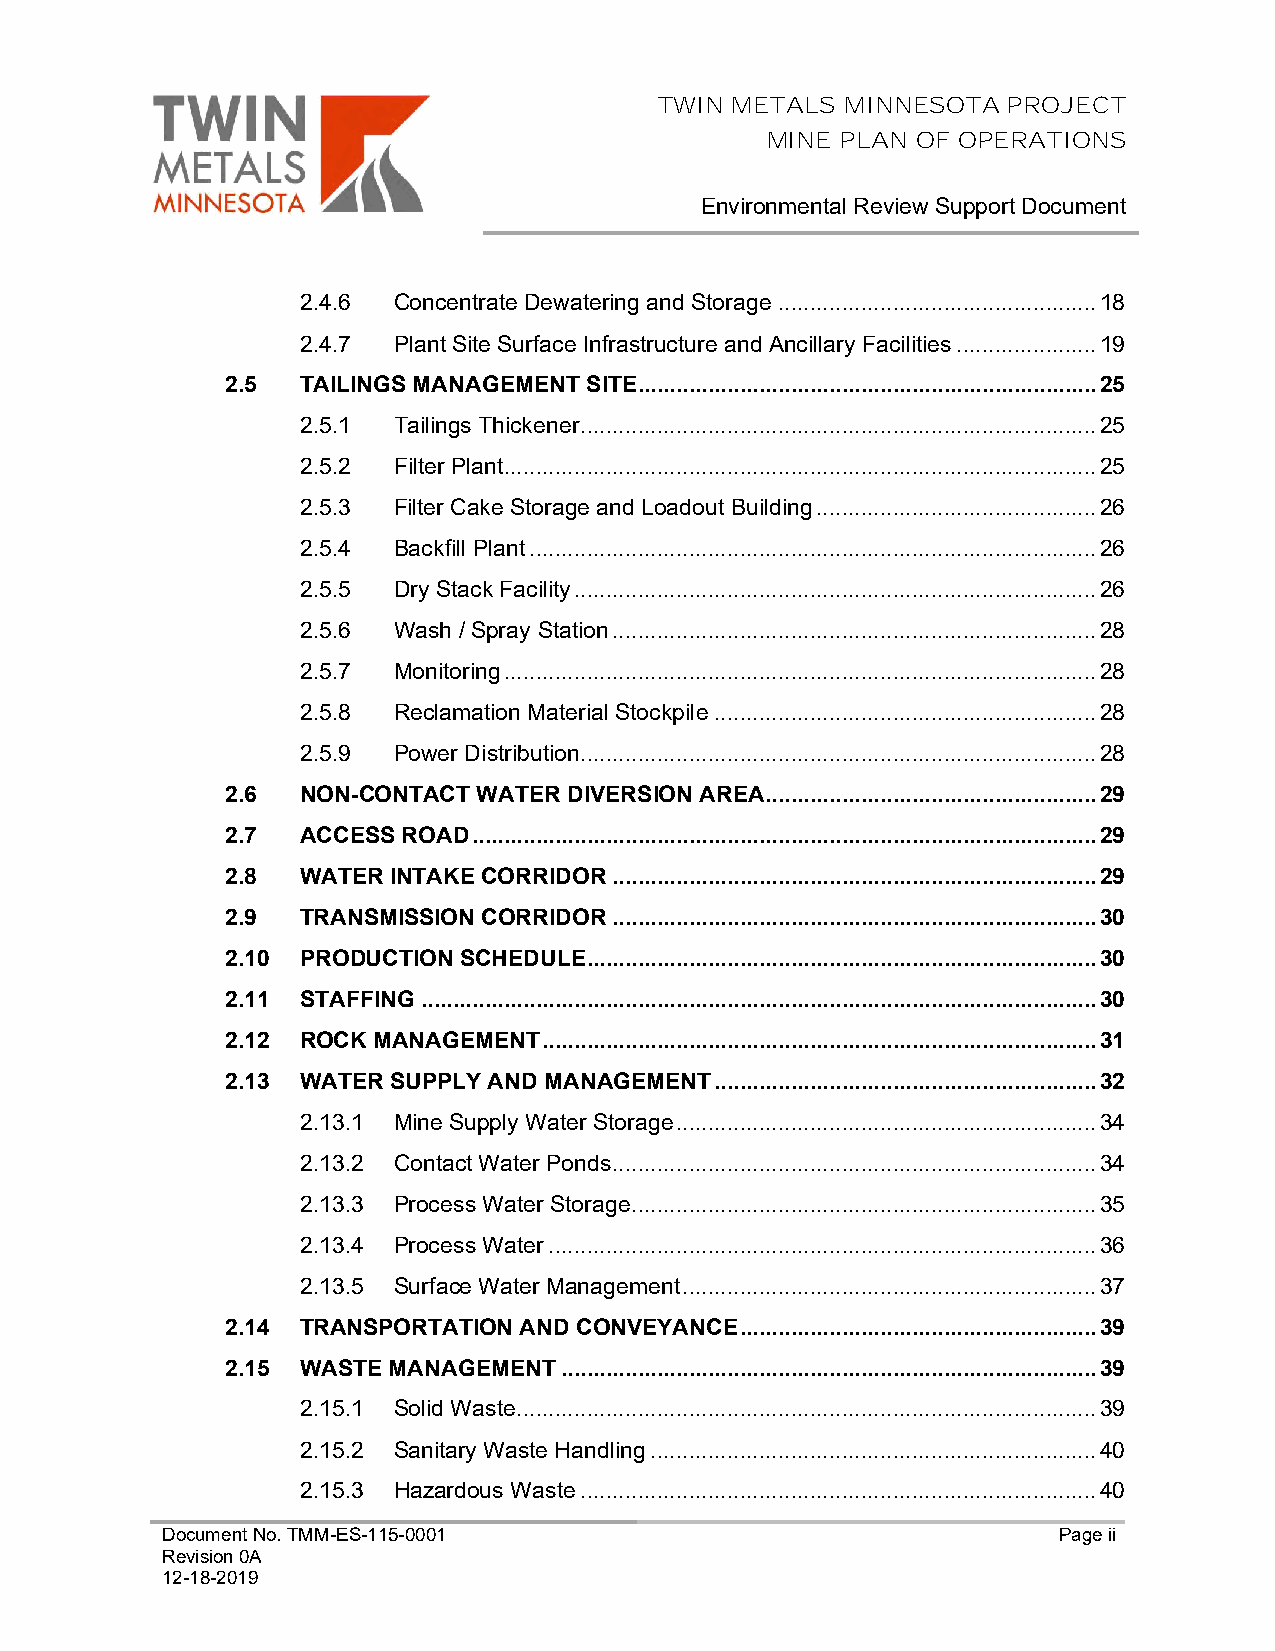
TWIN METALS MINNESOTA  PROJECT
 MINE PLAN OF OPERATIONS
 Environmental Review Support Document
 2.4.6 Concentrate Dewatering and Storage .................................................. 18
 2.4.7 Plant Site Surface Infrastructure and Ancillary Facilities ...................... 19
 2.5  TAILINGS MANAGEMENT SITE ........................................................................ 25
 2.5.1 Tailings Thickener ................................................................................. 25
 2.5.2 Filter Plant ............................................................................................. 25
 2.5.3 Filter Cake Storage and Loadout Building ............................................ 26
 2.5.4 Backfill Plant ......................................................................................... 26
 2.5.5 Dry Stack Facility .................................................................................. 26
 2.5.6 Wash / Spray Station ............................................................................ 28
 2.5.7 Monitoring ............................................................................................. 28
 2.5.8 Reclamation Material Stockpile ............................................................ 28
 2.5.9 Power Distribution ................................................................................. 28
 2.6  NON-CONTACT WATER DIVERSION AREA .................................................... 29
 2.7  ACCESS ROAD .................................................................................................. 29
 2.8  WATER INTAKE CORRIDOR ............................................................................ 29
 2.9  TRANSMISSION CORRIDOR ............................................................................ 30
 2.10 PRODUCTION SCHEDULE................................................................................ 30
 2.11 STAFFING .......................................................................................................... 30
 2.12 ROCK MANAGEMENT ....................................................................................... 31
 2.13 WATER SUPPLY AND MANAGEMENT ............................................................ 32
 2.13.1 Mine Supply Water Storage .................................................................. 34
 2.13.2 Contact Water Ponds ............................................................................ 34
 2.13.3 Process Water Storage ......................................................................... 35
 2.13.4 Process Water ...................................................................................... 36
 2.13.5 Surface Water Management ................................................................. 37
 2.14 TRANSPORTATION AND CONVEYANCE ........................................................ 39
 2.15 WASTE MANAGEMENT .................................................................................... 39
 2.15.1 Solid Waste ........................................................................................... 39
 2.15.2 Sanitary Waste Handling ...................................................................... 40
 2.15.3 Hazardous Waste ................................................................................. 40
 Document No. TMM-ES-115-0001                               Page ii
 Revision 0A
 12-18-2019